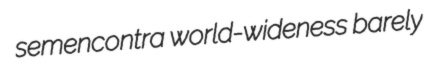
semencontra world-wideness barely